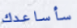
سأساعدك